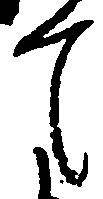
て